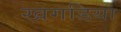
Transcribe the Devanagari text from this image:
खगडिया